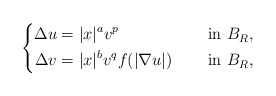
\begin{align*}\left\{\begin{aligned}\Delta u&=|x|^{a}v^{p} &&\quad\mbox{ in } B_R, \\\Delta v&=|x|^{b}v^{q}f(|\nabla u|) &&\quad\mbox{ in } B_R,\end{aligned}\right.\end{align*}